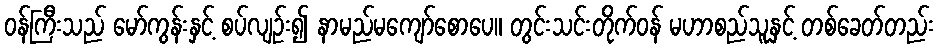
ဝန်ကြီးသည် မော်ကွန်းနှင့် စပ်လျဉ်း၍ နာမည်မကျော်စောပေ။ တွင်းသင်းတိုက်ဝန် မဟာစည်သူနှင့် တစ်ခေတ်တည်း